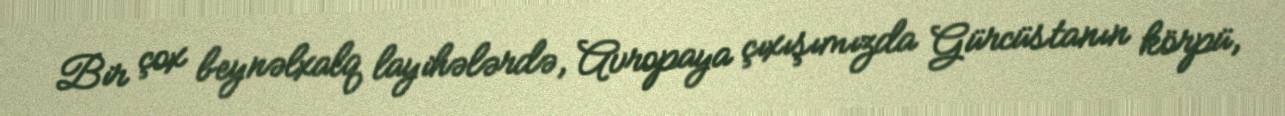
Bir çox beynəlxalq layihələrdə, Avropaya çıxışımızda Gürcüstanın körpü,